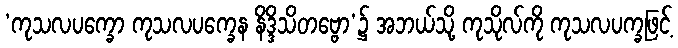
‘ကုသလပက္ခော ကုသလပက္ခေန နိဒ္ဒိသိတဗ္ဗော’၌ အဘယ်သို့ ကုသိုလ်ကို ကုသလပက္ခဖြင့်